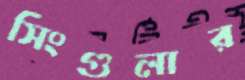
সিংগুলার